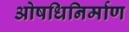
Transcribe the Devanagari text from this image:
ओषधिनिर्माण